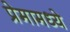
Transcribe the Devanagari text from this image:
प्रेमामध्ये